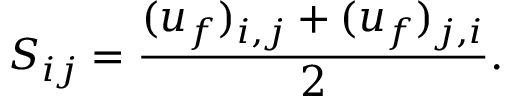
{ S _ { i j } } = \frac { ( { u _ { f } ) _ { i , j } } + ( { u _ { f } ) _ { j , i } } } { 2 } .